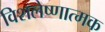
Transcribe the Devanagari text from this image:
विशलेष्णात्मक